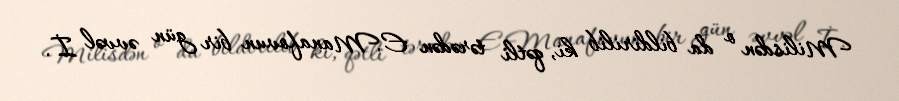
Milisdən o da bildirilib ki, qətli tərədən E.Manafovun bir gün əvvəl İ.